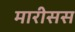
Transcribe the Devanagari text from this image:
मारीसस